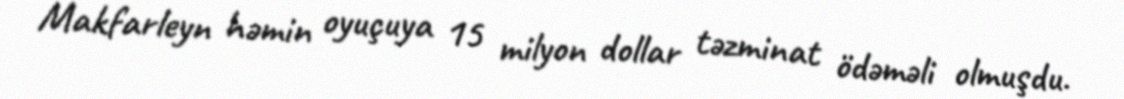
Makfarleyn həmin oyuçuya 15 milyon dollar təzminat ödəməli olmuşdu.